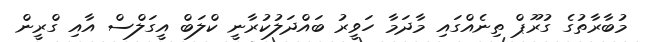
މުބާރާތުގެ ގުރޫޕް ތިނެއްގައި މާދަމާ ހަވީރު ބައްދަލުކުރާނީ ކްލަބް އީގަލްސް އާއި ގްރީން